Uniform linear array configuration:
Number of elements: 32
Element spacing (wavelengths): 1
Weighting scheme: blackman
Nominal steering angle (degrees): -45
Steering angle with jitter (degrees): -46.274
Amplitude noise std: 0.05
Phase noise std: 0.05

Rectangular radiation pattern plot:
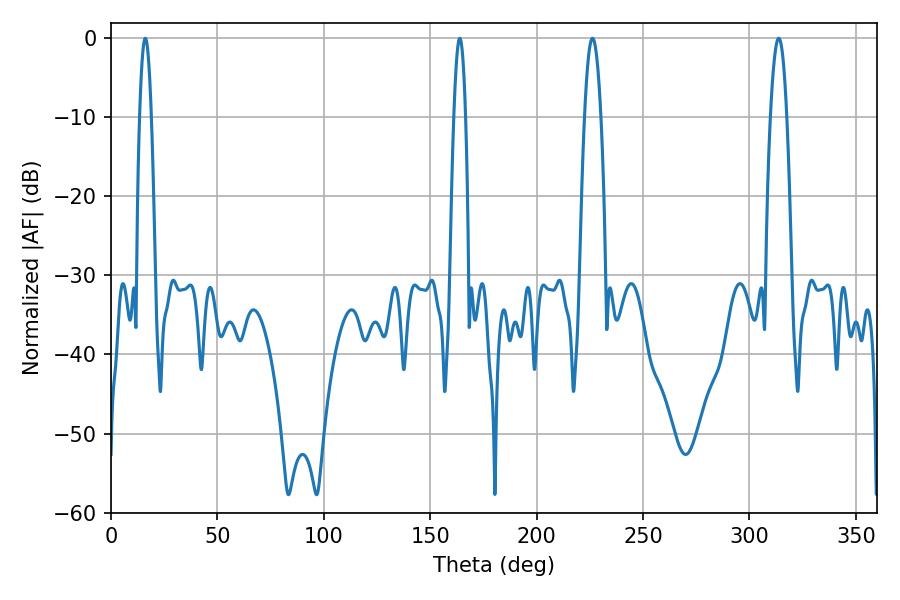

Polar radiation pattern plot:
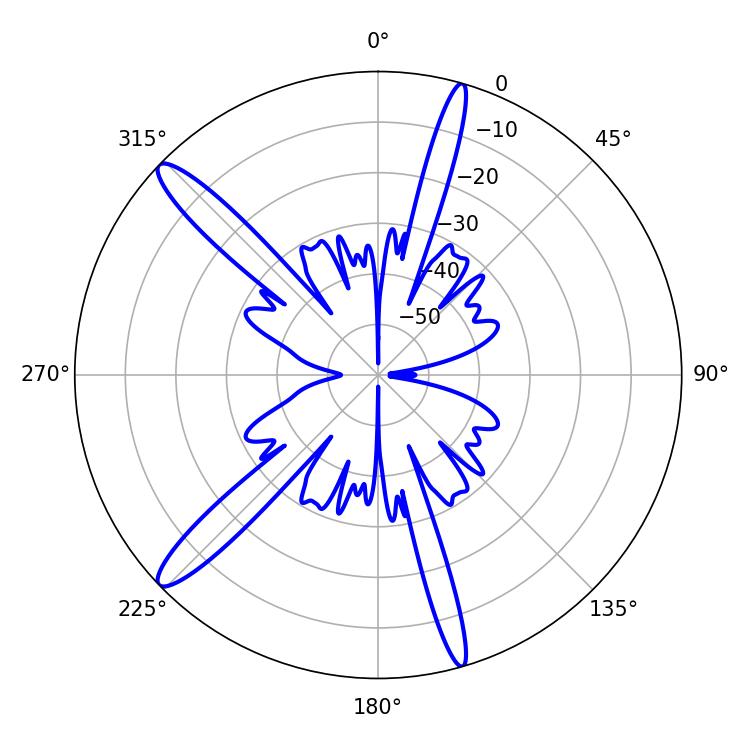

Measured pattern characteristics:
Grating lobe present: TRUE
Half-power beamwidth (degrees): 4.32
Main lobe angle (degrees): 313.74